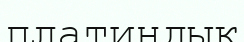
платиндық